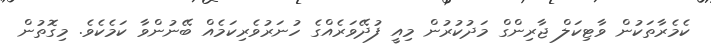
ކެމެރާތަކުން ވާޓިކަލް ޖާރިންގް މަދުކުރުން މިއީ ފުދޭވަރެއްގެ ހުނަރުވެރިކަމެއް ބޭނުންވާ ކަމެކެވެ. މިގޮތުން